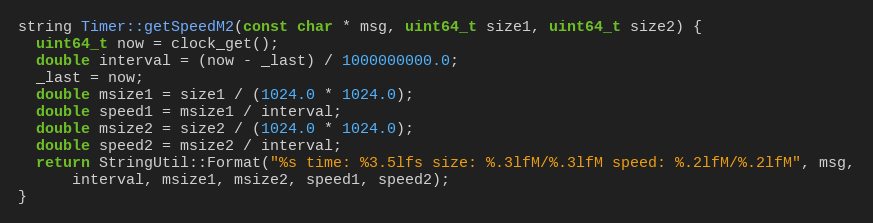
Language: C++
string Timer::getSpeedM2(const char * msg, uint64_t size1, uint64_t size2) {
  uint64_t now = clock_get();
  double interval = (now - _last) / 1000000000.0;
  _last = now;
  double msize1 = size1 / (1024.0 * 1024.0);
  double speed1 = msize1 / interval;
  double msize2 = size2 / (1024.0 * 1024.0);
  double speed2 = msize2 / interval;
  return StringUtil::Format("%s time: %3.5lfs size: %.3lfM/%.3lfM speed: %.2lfM/%.2lfM", msg,
      interval, msize1, msize2, speed1, speed2);
}